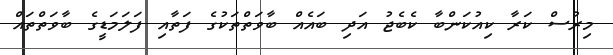
މިރުސް ކަރާ ކިއުކަންބާ ކެބެޖު އަދި ބައެއް ބާވަތްތަކުގެ ފަތާއި ފަލަމަޑީގެ ބާވަތްތައް